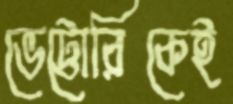
ভেট্টোরিকেই